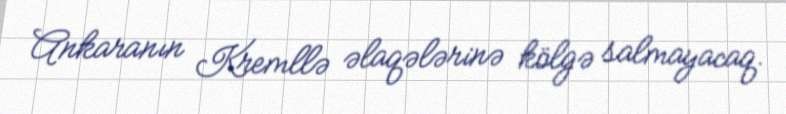
Ankaranın Kremllə əlaqələrinə kölgə salmayacaq.